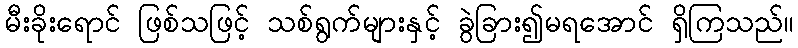
မီးခိုးရောင် ဖြစ်သဖြင့် သစ်ရွက်များနှင့် ခွဲခြား၍မရအောင် ရှိကြသည်။